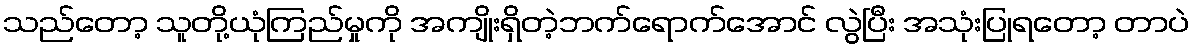
သည်တော့ သူတို့ယုံကြည်မှုကို အကျိုးရှိတဲ့ဘက်ရောက်အောင် လွဲပြီး အသုံးပြုရတော့ တာပဲ